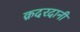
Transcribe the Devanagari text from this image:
क़दरदानी